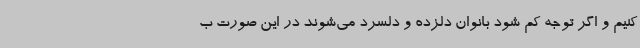
کنیم و اگر توجه کم شود بانوان دلزده و دلسرد می‌شوند در این صورت ب